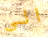
الى